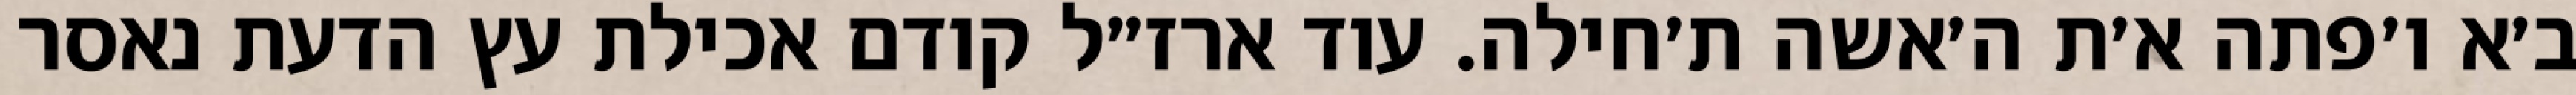
ב׳א ו׳פתה א׳ת ה׳אשה ת׳חילה. עוד ארז״ל קודם אכילת עץ הדעת נאסר